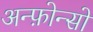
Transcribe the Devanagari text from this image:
अन्फ़ोन्सो